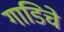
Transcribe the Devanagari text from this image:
गाडिचे